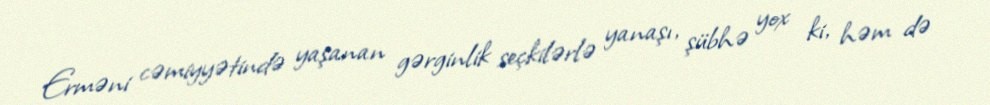
Erməni cəmiyyətində yaşanan gərginlik seçkilərlə yanaşı, şübhə yox ki, həm də